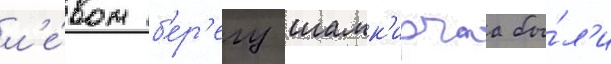
л'е́вом б'ер'егу шамк'ирчаа бы́л'и